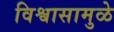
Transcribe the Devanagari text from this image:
विश्वासामुळे